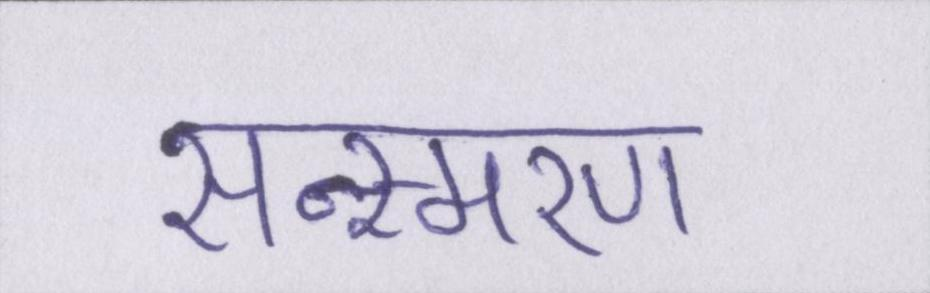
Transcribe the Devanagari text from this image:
सन्स्मरण